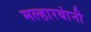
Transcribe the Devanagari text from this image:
मल्हारबांनी